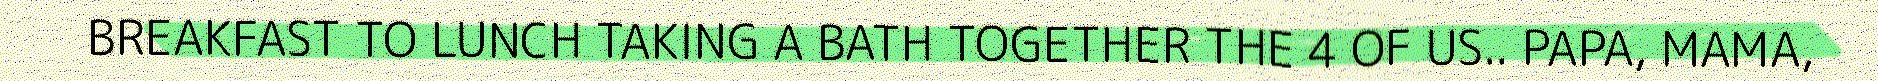
BREAKFAST TO LUNCH TAKING A BATH TOGETHER THE 4 OF US.. PAPA, MAMA,